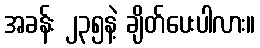
အခန်း ၂၃၅နဲ့ ချိတ်ပေးပါလား။